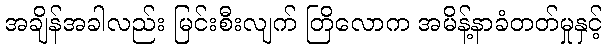
အချိန်အခါလည်း မြင်းစီးလျက် တြိလောက အမိန့်နာခံတတ်မှုနှင့်